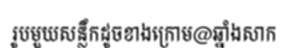
រូបមួយសន្លឹកដូចខាងក្រោម@ឆ្នាំងសាក